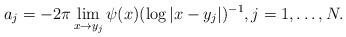
LaTeX: \begin{align*}a_j=-2\pi \lim_{x \to y_j} \psi(x)(\log|x-y_j|)^{-1}, j=1, \dots, N.\end{align*}